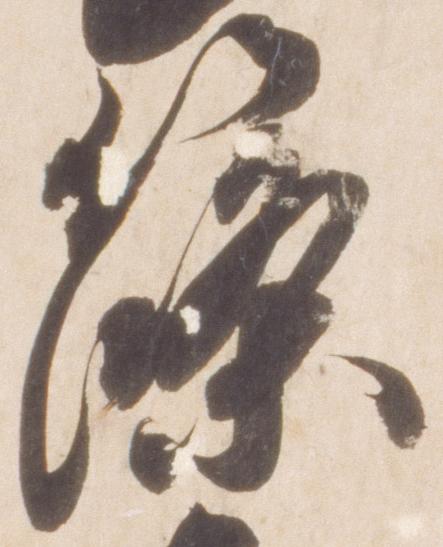
篠